Eesti_Vabariigi_Tartu_Ulikool, lk 264
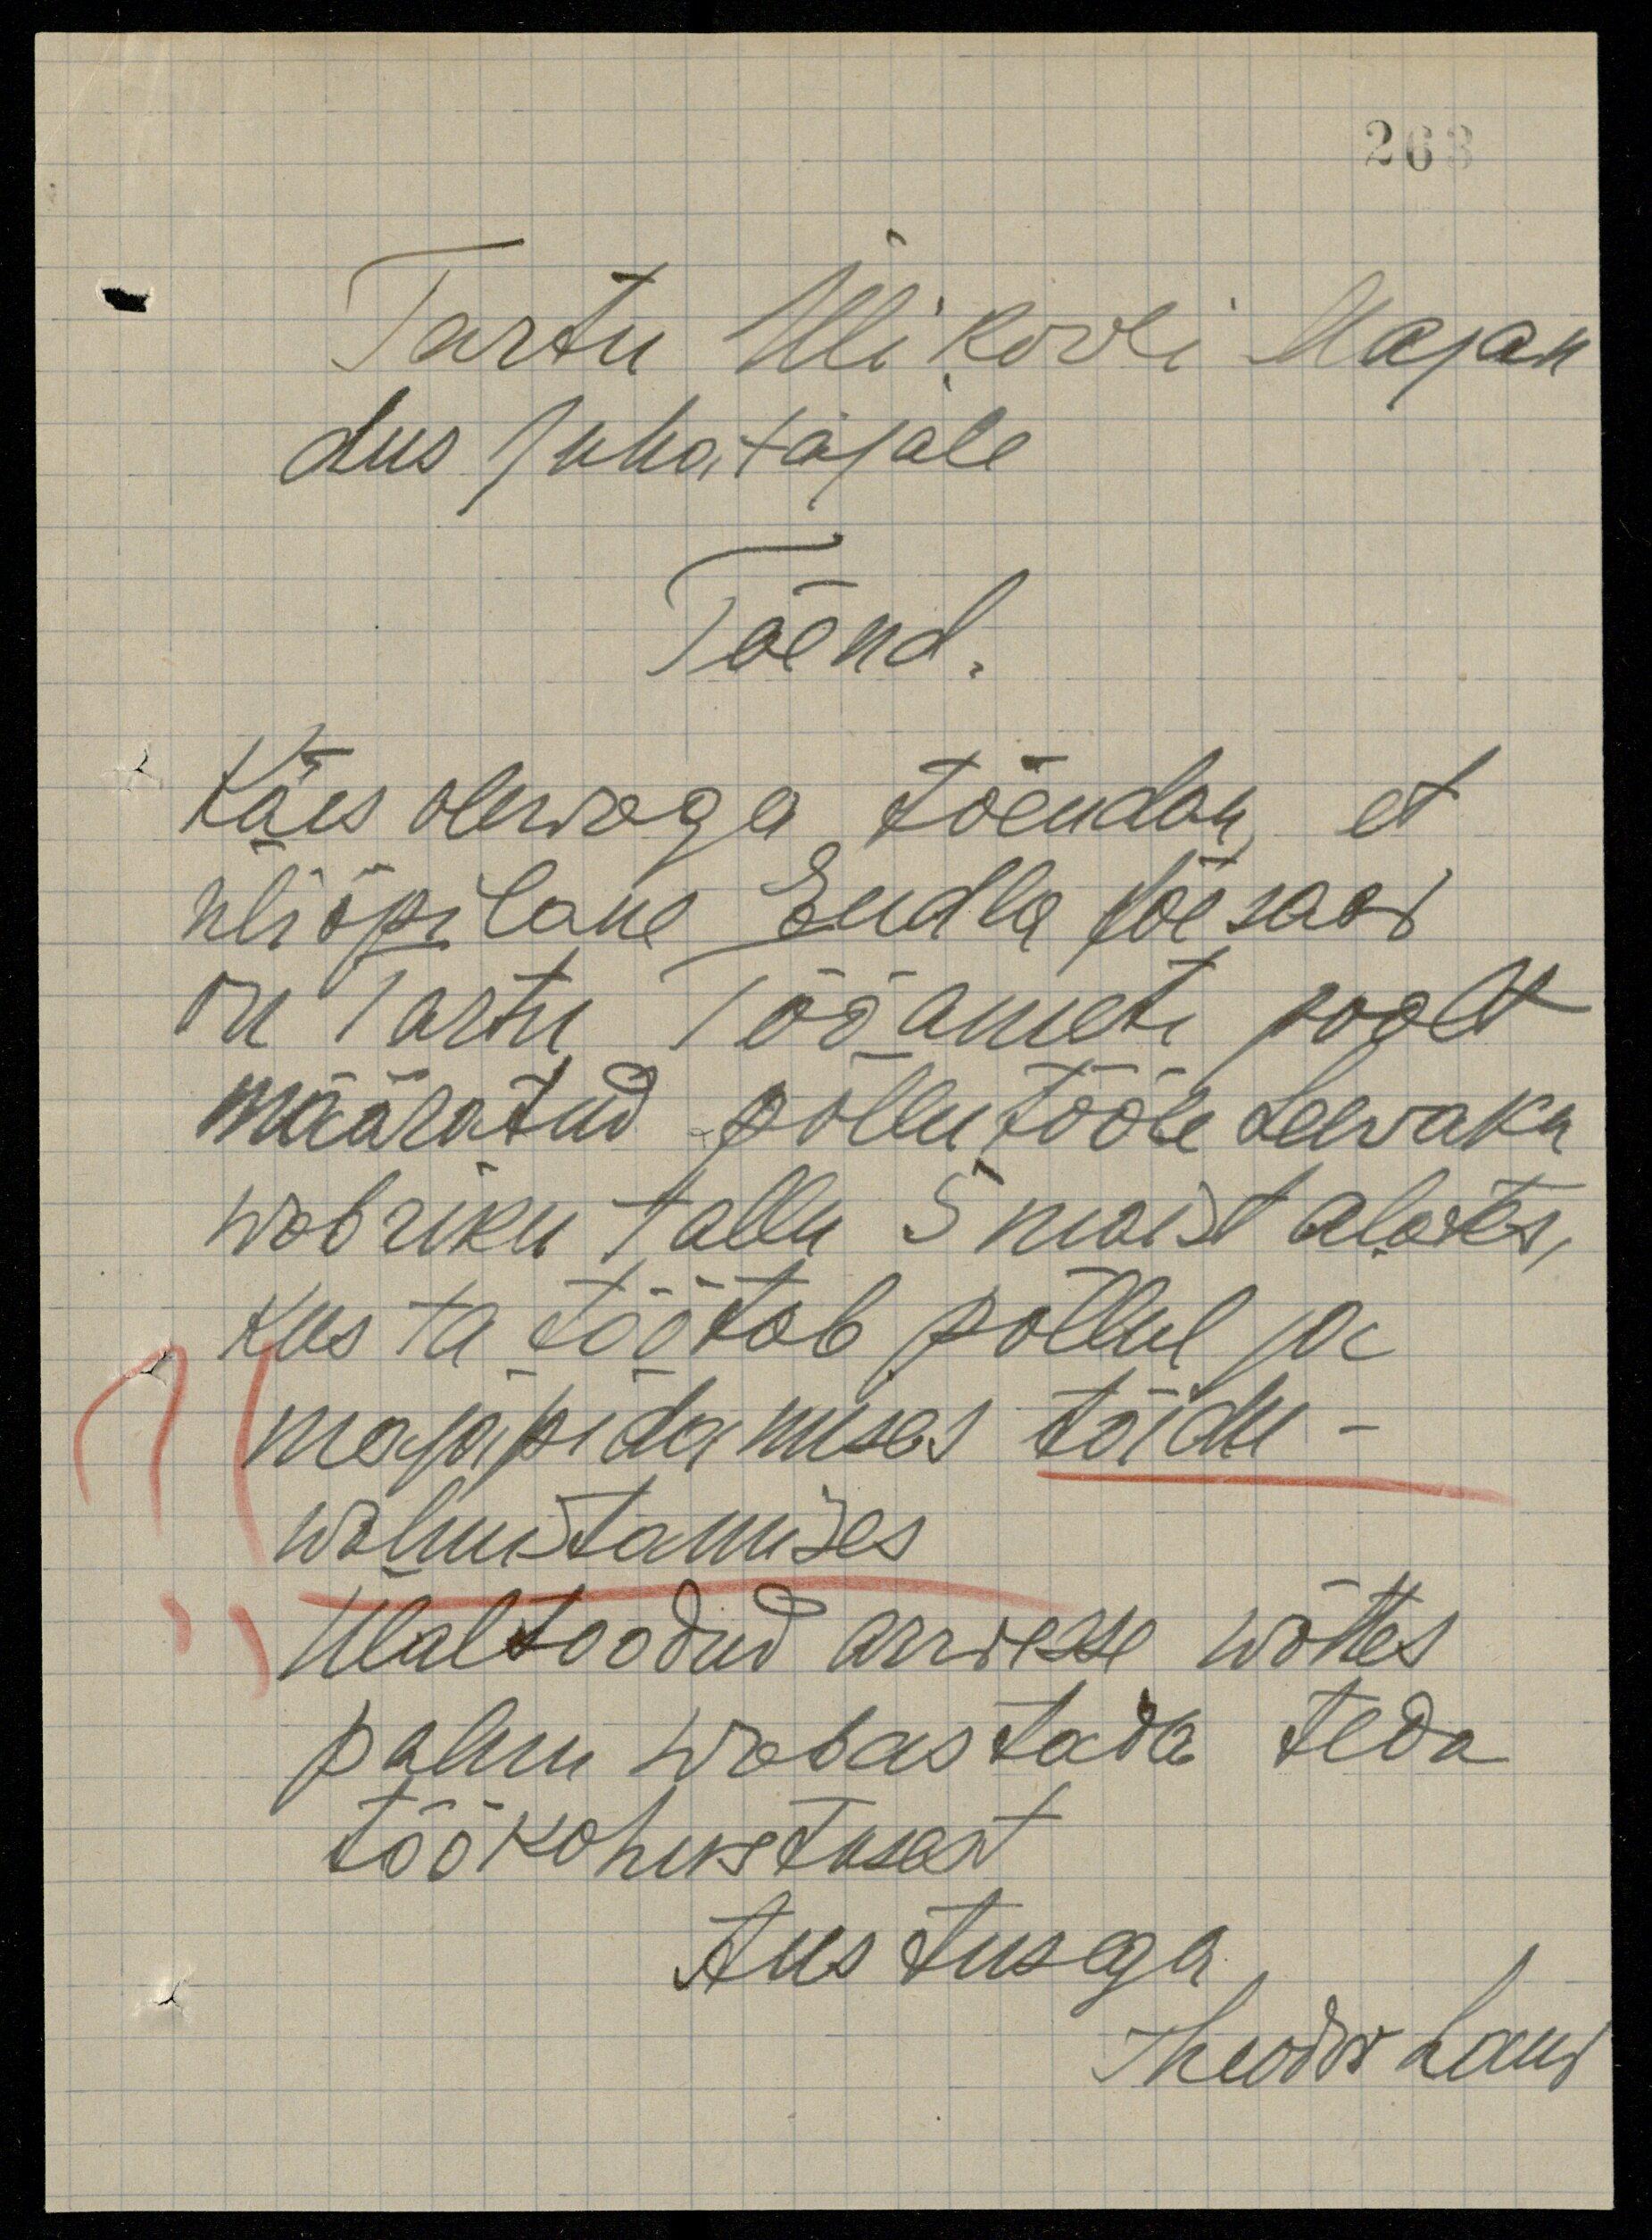
263
Tartu Ülikooli Majan
dus Juhatajale
Tõend.
Käes olewaga tõendan, et
üliõpilane Endla Jõesaar
on Tartu Tööameti poolt
määratud põllutööle Leevaku
Wabriku tallu 5 maist alates,
kus ta töötab põllul ja
majapidamises tõidu-
walmistamises
Ülaltoodud arwesse wõttes
palun wabastada teda
töökohustusest
Austusega
Theodor Laur